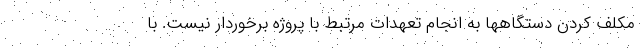
مکلف کردن دستگاهها به انجام تعهدات مرتبط با پروژه برخوردار نیست. با